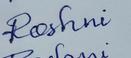
Signature authenticity: forged